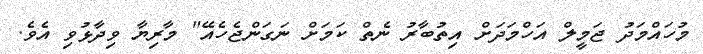
މުހައްމަދު ޖަމީލް އަހްމަދަށް އިތުބާރު ނެތް ކަމަށް ނަގަންޖެހެއޭ" މާރިޔާ ވިދާޅުވި އެވެ.